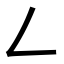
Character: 𠃋